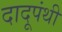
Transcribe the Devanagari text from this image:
दादूपंथी